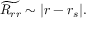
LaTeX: \widetilde { R _ { r r } } \sim | r - r _ { s } | .